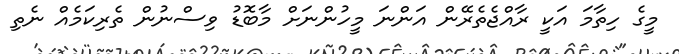
މީގެ ހިތާމަ އަކީ ރާއްޖެތެރޭން އަންނަ މީހުންނަށް މާބޮޑު ވިސްނުން ތެރިކަމެއް ނެތި